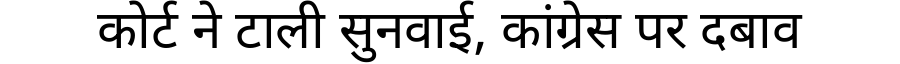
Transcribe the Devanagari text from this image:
कोर्ट ने टाली सुनवाई, कांग्रेस पर दबाव